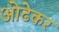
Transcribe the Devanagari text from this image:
ओढेकर